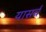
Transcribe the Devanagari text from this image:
यासर्व